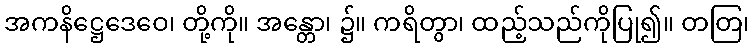
အကနိဋ္ဌေဒေဝေ၊ တို့ကို။ အန္တော၊ ၌။ ကရိတွာ၊ ထည့်သည်ကိုပြု၍။ တတြ၊